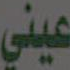
عيني